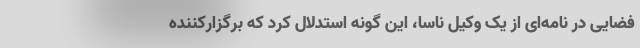
فضایی در نامه‌ای از یک وکیل ناسا، این گونه استدلال کرد که برگزارکننده